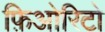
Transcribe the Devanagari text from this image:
फ़िओरिटो